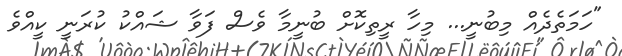
"ހަމަތެދެއް މިބުނީ... މިހާ ރީތިކޮށް ބުނީމާ ވެސް ފަވާ ޝައްކު ކުރަނީ ކީއްވެ